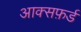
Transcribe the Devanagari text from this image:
आक्सफ़र्ड